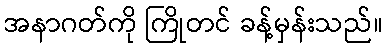
အနာဂတ်ကို ကြိုတင် ခန့်မှန်းသည်။